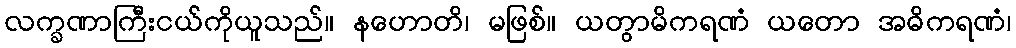
လက္ခဏာကြီးငယ်ကိုယူသည်။ နဟောတိ၊ မဖြစ်။ ယတွာမိကရဏံ ယတော အဓိကရဏံ၊